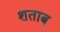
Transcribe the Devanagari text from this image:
शताब्